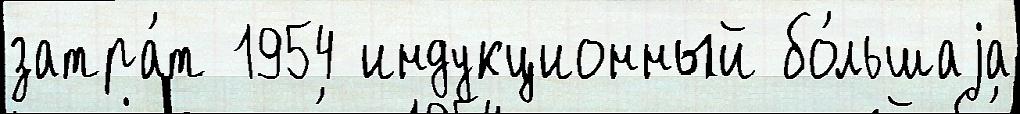
затра́т 1954 индукционный бо́льшаjа